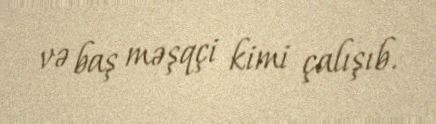
və baş məşqçi kimi çalışıb.